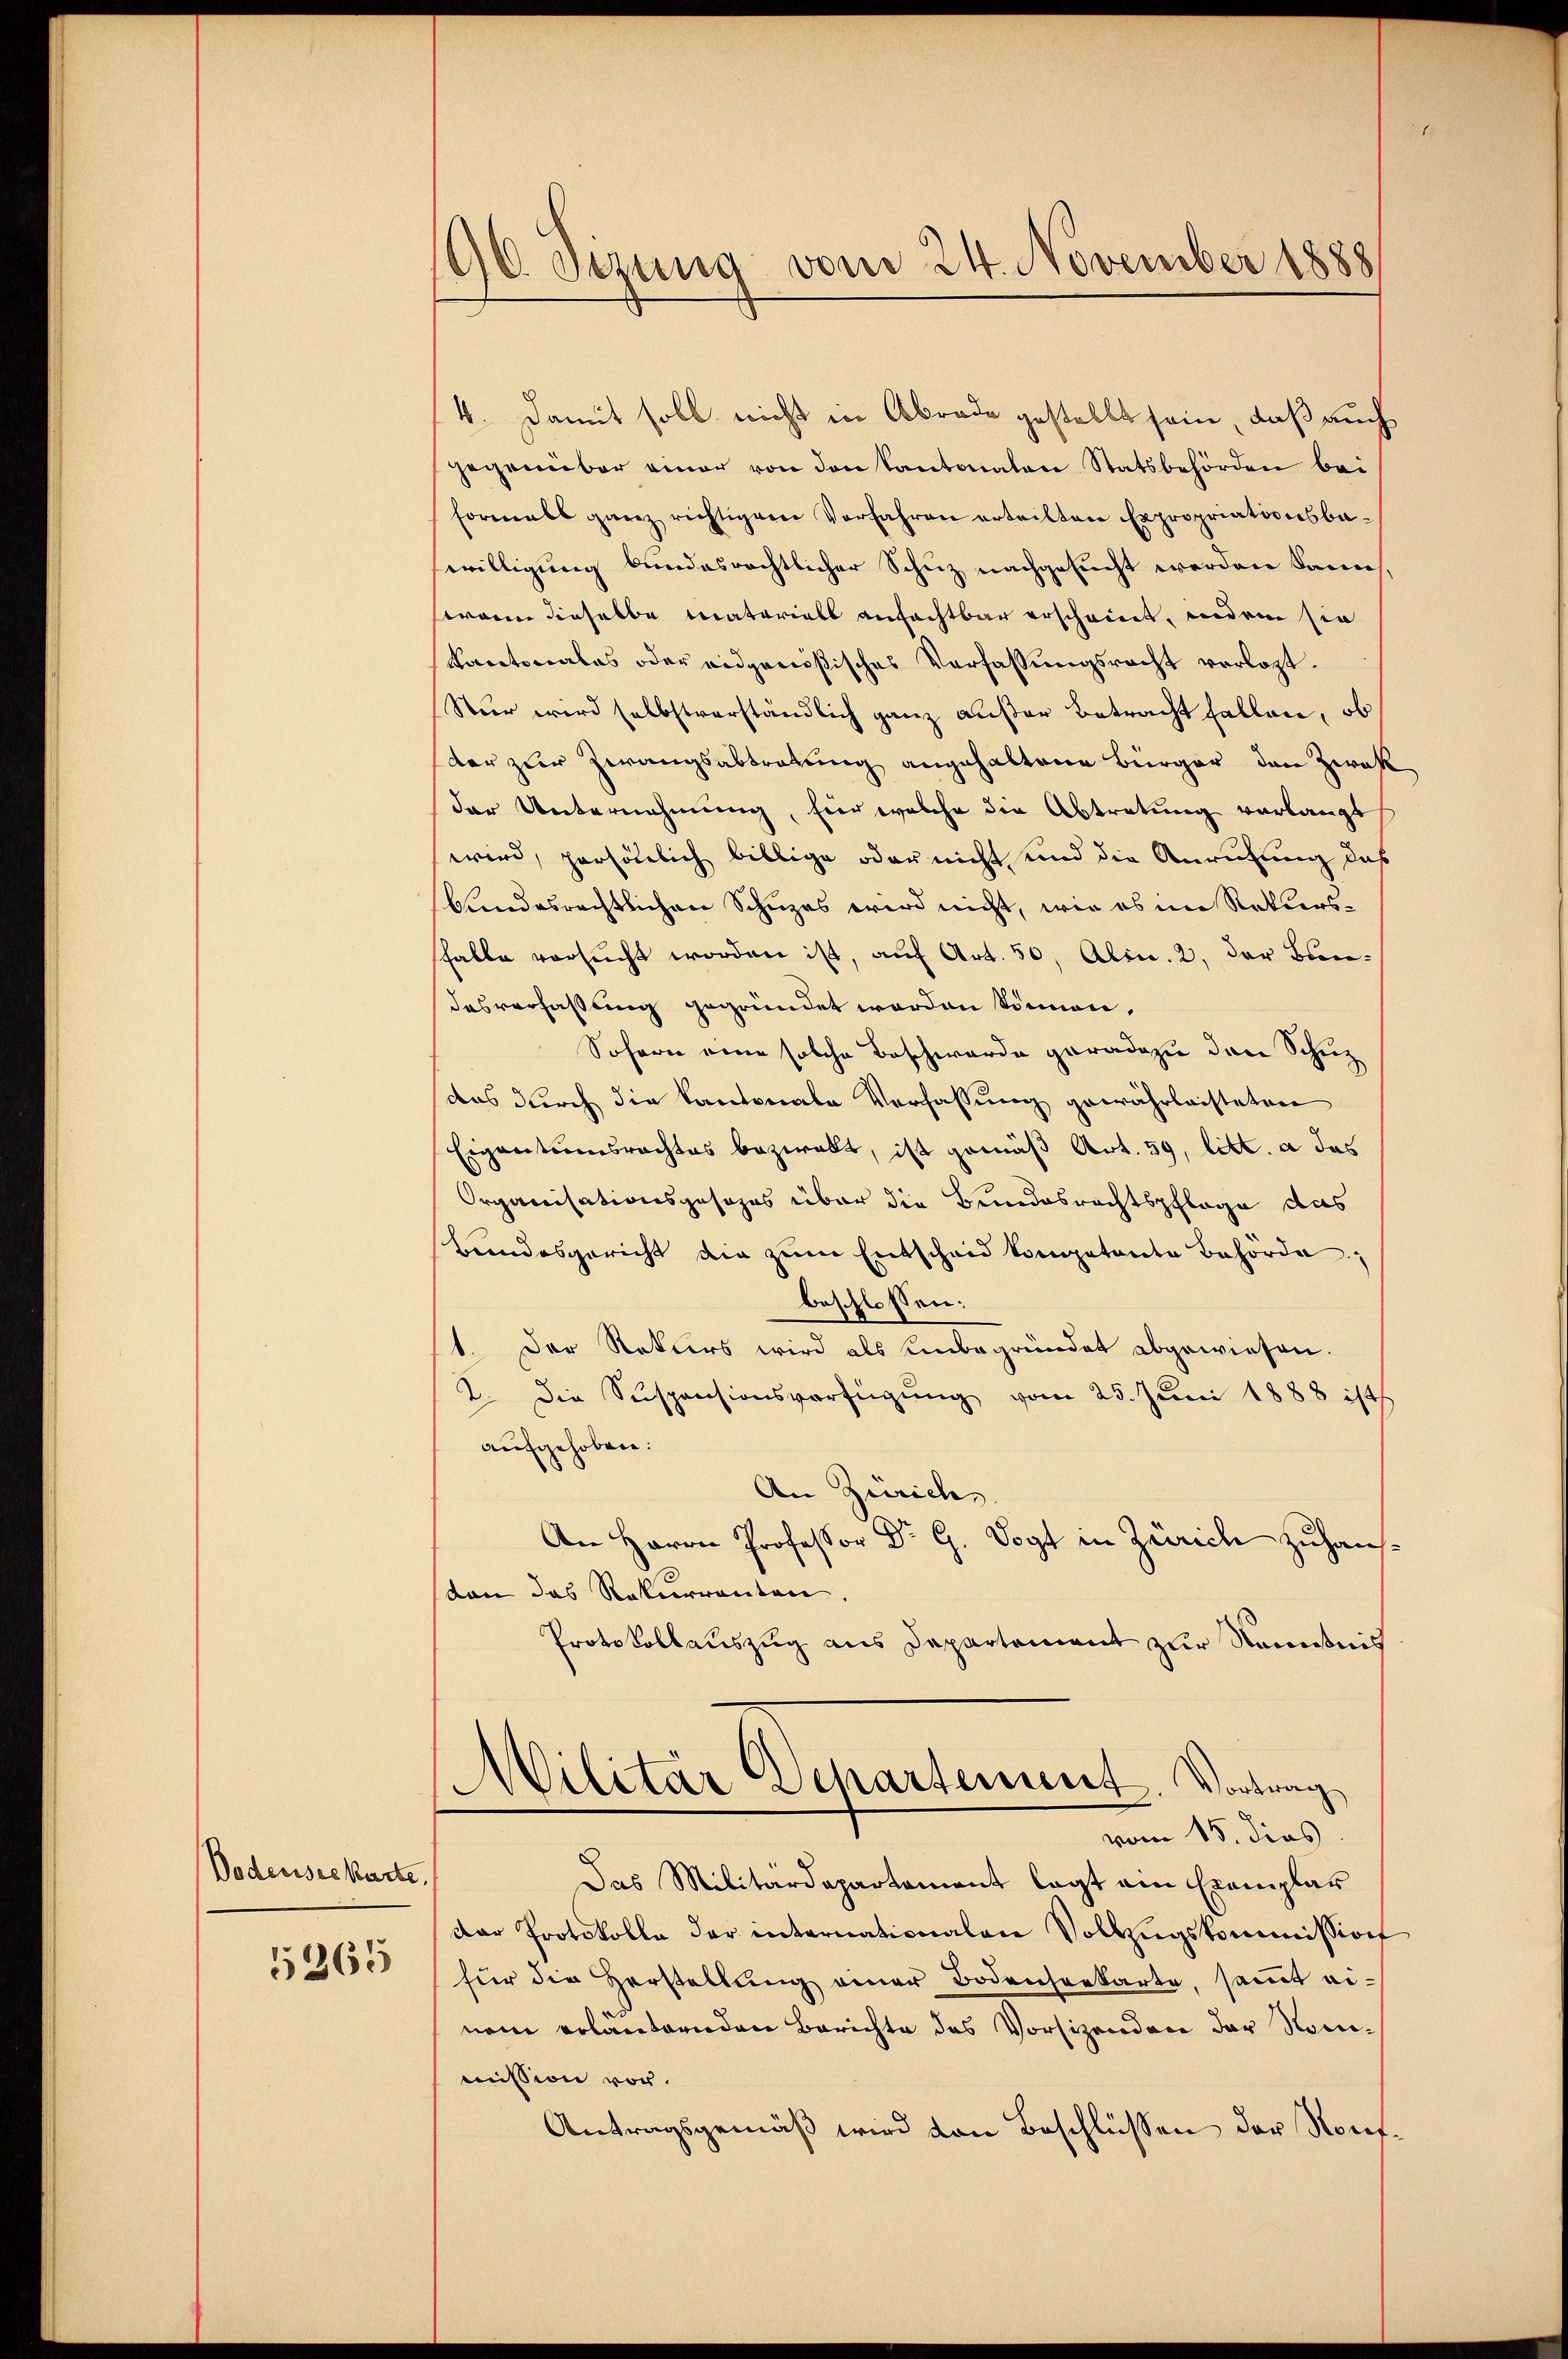
Bodensee Karte.
5265

196. Sizung vom 24. November 1888

4. Damit soll nicht in Abrade gestellt sein, daß auch
gegenüber einer von den Kantonalen Statsbehörden bei
formals ganz richtigem Verfahren erteilten Expropriationsbawilligung bundesrechtlicher Schuz nachgesucht werden kann
wann dieselbe Materiell anfachtbar erschriert, indem sie
Kantonales oder eidgenößisches Verfassungsrecht verlost.
Nur wird selbstverständlich ganz außer Betracht fallen, ob
der zur Zwangsabtretung angehaltene Bürger den Zwek
der Unternehmung, hier welche die Abtretung verlangt
wird, persönlich billige oder nicht und die Anrufung das
bundesrechtlichen Schuzes wird nicht, wie es im Rekurssfalle versucht worden ist, auf Art. 50, Alin. 2, der Bundesverfassung gegründet worden können.
Sofern eine solche Beschwerde geradezu den Schuz
das durch die Kantonale Verfassung gewährleisteten
Eigentumsrechtes bezwalt, ist gemäß Art. 59, litt. a das
Organisationsgesezes über die Bundesrechtspflege das
Bundesgericht die zŭm Entscheid kompetente Behörde;
beschlossen:
1. Der Rekurs wird als unbegründet abgewiesen.
2. Die Suspensionsverfügŭng vom 25. Juni 1888 ist
aufgehoben:
An Zürichs
An Herrn Professor Dr G. Vogt in Zürich zuhausdan das Rekurrenten.
Protokollauszug aus Departement zur Kenntnis
Militär Departement Vortrag
vom 15. dies
Das Militärdepartement legt ein Exemplar
dar Protokolle der internationalen Vollzugskommission
für die Herstellung einer Bodenserkarte, samt einem erlauternden Berichte des Vorsizenden der Nomimission vor.
Antragsgemäß wird von Beschlüssen der Nont¬